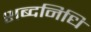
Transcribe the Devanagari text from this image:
शब्दनिधि